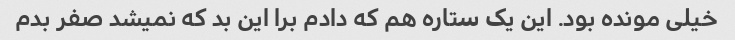
خیلی مونده بود. این یک ستاره هم که دادم برا این بد که نمیشد صفر بدم